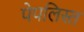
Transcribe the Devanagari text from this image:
पेपलिस्त